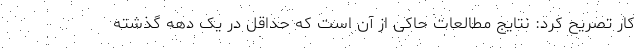
کار تصریح کرد: نتایج مطالعات حاکی از آن است که حداقل در یک دهه گذشته